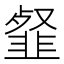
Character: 韰